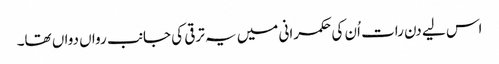
اس لیے دن رات اُن کی حکمرانی میں یہ ترقی کی جانب رواں دواں تھا۔